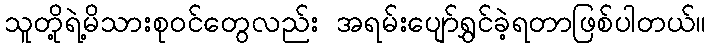
သူတို့ရဲ့မိသားစုဝင်တွေလည်း အရမ်းပျော်ရွှင်ခဲ့ရတာဖြစ်ပါတယ်။